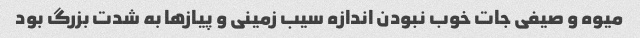
میوه و صیفی جات خوب نبودن اندازه سیب زمینی و پیازها به شدت بزرگ بود